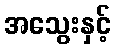
အသွေးနှင့်